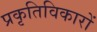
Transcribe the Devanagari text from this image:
प्रकृतिविकारों